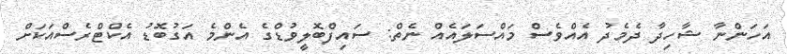
އަހަންނާ ޝާހިދާ ދެމެދު އެއްވެސް މައްސަލައެއް ނެތް: ސައިފްބޮލީވުޑްގެ އެންމެ އަގުބޮޑު އެކްޓްރެސްއަކަށް